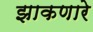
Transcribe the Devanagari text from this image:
झाकणारे